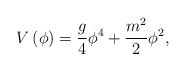
\begin{align*}V\left(\phi\right)={g \over 4}\phi^4+{m^2 \over 2}\phi^2,\end{align*}